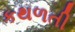
કથળતી